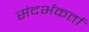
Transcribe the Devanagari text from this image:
संदर्भकर्ता